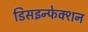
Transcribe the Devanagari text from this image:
डिसइन्फेक्शन